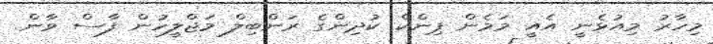
މިހާރު މިއުޅެނީ އެއީ މަމެން ޕިންކް ކުދިންގެ ރަންބިލް މަޖްލީހުން ފާސް ވާން